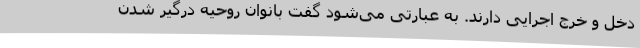
دخل و خرج اجرایی دارند. به عبارتی می‌شود گفت بانوان روحیه درگیر شدن